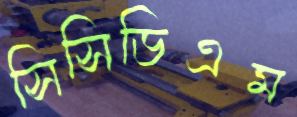
সিসিডিএম